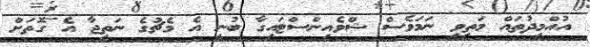
އުއްމީދުތައް މަތިވި ނަމަވެސް ޝްވެއިންސްޓައިގާ ބުނީ އެ މެޗުގެ ނަތީޖާ އެ ގޮތަށް